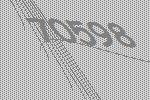
70598